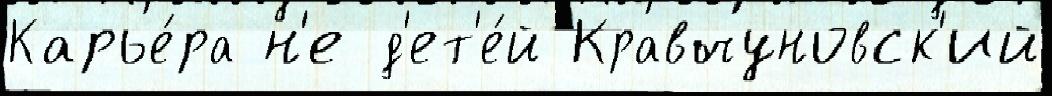
Карье́ра н'е д'ет'е́й Кравчуновск'ий